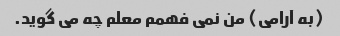
(به آرامی) من نمی فهمم معلم چه می گوید.